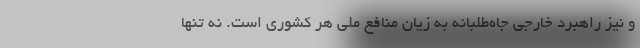
و نیز راهبرد خارجی جاه‌طلبانه به زیان منافع ملی هر کشوری است. نه تنها